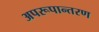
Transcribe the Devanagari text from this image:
अपरूपान्तरण